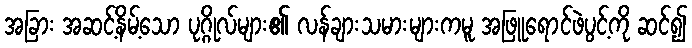
အခြား အဆင့်နိမ့်သော ပုဂ္ဂိုလ်များ၏ လန်ချားသမားများကမူ အဖြူရောင်ဖဲပွင့်ကို ဆင်၍